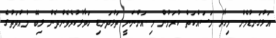
އަޅުގަނޑުމެން މިހާރު މަސައްކަތް ކުރަމުން މި އަންނަނީ ތަޅުދަނޑި ހަވާލުކުރެވެންދެން ލިބޭ މުއްދަތުގެ